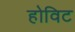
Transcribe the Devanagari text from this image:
होविट